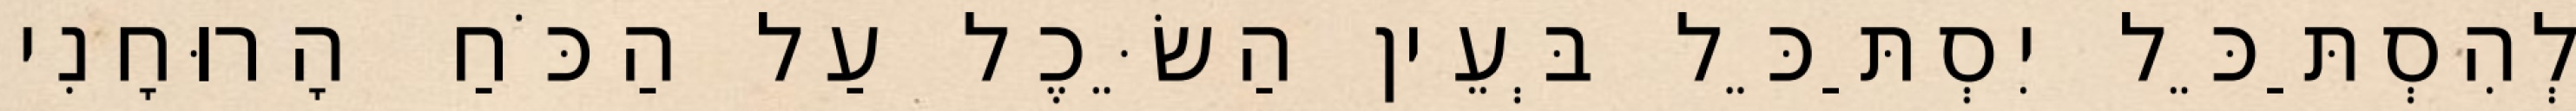
לְהִסְתַּכֵּל יִסְתַּכֵּל בְּעֵין הַשֵּׂכֶל עַל הַכֹּחַ הָרוּחָנִי